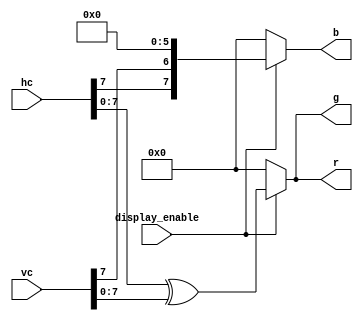
/*
 * Simple VGA test for Pano Logic
 * Copyright (c) 2018 Miguel Angel Rodriguez Jodar.
 * 
 * This program is free software: you can redistribute it and/or modify  
 * it under the terms of the GNU General Public License as published by  
 * the Free Software Foundation, version 3.
 *
 * This program is distributed in the hope that it will be useful, but 
 * WITHOUT ANY WARRANTY; without even the implied warranty of 
 * MERCHANTABILITY or FITNESS FOR A PARTICULAR PURPOSE. See the GNU
 * General Public License for more details.
 *
 * You should have received a copy of the GNU General Public License 
 * along with this program. If not, see <http://www.gnu.org/licenses/>.
 */

`timescale 1ns / 1ns
`default_nettype none

module fondo (
  input wire [10:0] hc,
  input wire [10:0] vc,
  input wire display_enable,
  output reg [7:0] r,
  output reg [7:0] g,
  output reg [7:0] b
  );

  always @* begin
    if (display_enable == 1'b1) begin
      r = hc[7:0] ^ vc[7:0];
      g = hc[7:0] ^ vc[7:0];
      b = {hc[7], vc[7], 6'b000000};
    end
    else begin
      r = 8'h00;
      g = 8'h00;
      b = 8'h00;
    end
  end
endmodule

`default_nettype wire